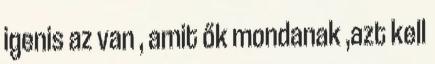
igenis az van , amit ők mondanak ,azt kell